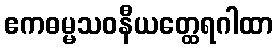
ဧကဓမ္မသဝနီယတ္ထေရဂါထာ